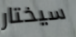
سيختار